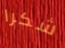
شكرا